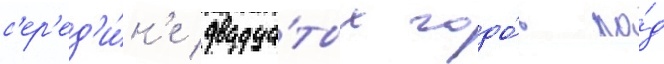
с'ер'ед'и́н'е двадца́тых годо́в по́д